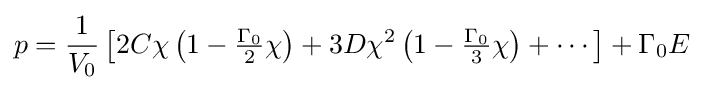
p={\frac {1}{V_{0}}}\left[2C\chi \left(1-{\tfrac {\Gamma _{0}}{2}}\chi \right)+3D\chi ^{2}\left(1-{\tfrac {\Gamma _{0}}{3}}\chi \right)+\cdots \right]+\Gamma _{0}E